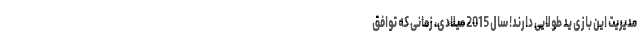
مدیریت این بازی ید طولایی دارند! سال 2015 میلادی، زمانی که توافق